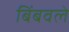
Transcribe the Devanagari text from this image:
बिंबवले